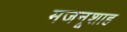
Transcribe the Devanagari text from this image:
मजनूशाह